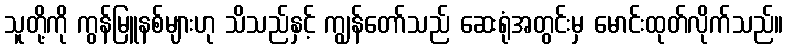
သူတို့ကို ကွန်မြူနစ်များဟု သိသည်နှင့် ကျွန်တော်သည် ဆေးရုံအတွင်းမှ မောင်းထုတ်လိုက်သည်။